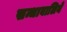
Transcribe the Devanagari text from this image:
सन्धावालिये